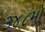
૩૪૮મો